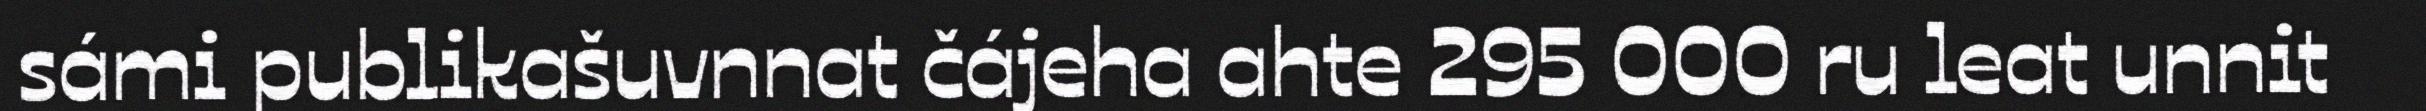
sámi publikašuvnnat čájeha ahte 295 000 ru leat unnit